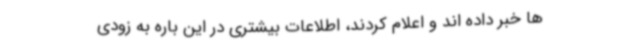
ها خبر داده اند و اعلام کردند، اطلاعات بیشتری در این باره به زودی